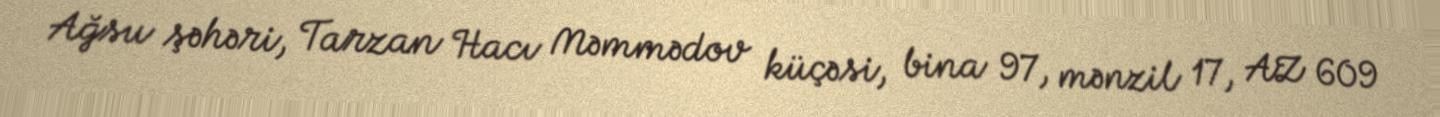
Ağsu şəhəri, Tarzan Hacı Məmmədov küçəsi, bina 97, mənzil 17, AZ 609